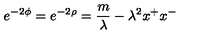
e ^ { - 2 \phi } = e ^ { - 2 \rho } = \frac { m } { \lambda } - \lambda ^ { 2 } x ^ { + } x ^ { - }